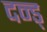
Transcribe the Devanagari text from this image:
दन्ड्